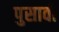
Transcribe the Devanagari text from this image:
पुसावी